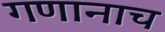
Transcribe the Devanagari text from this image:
गणानाच